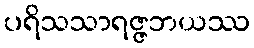
ပရိသသာရဇ္ဇဘယဿ